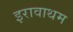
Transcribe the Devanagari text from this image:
इरावाथम